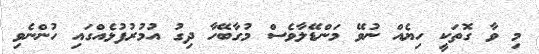
މި ވާ ގޮތަކީ ހިޔެއް ނުވޭ މަންޑޭލާވެސް މުގާބޭހާ ދިގު އުމުރުފުޅެއްގައި ހުންނެވި